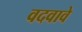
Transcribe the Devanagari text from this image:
वदवावे